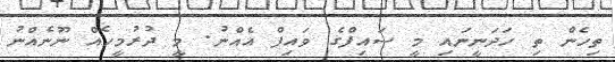
ތިހެން ތި ހަދަނީނައި މީ ސައިފްގެ ވައިފް އެއްނު. މީ ދުރުމީހެއް ނޫނެއްނު